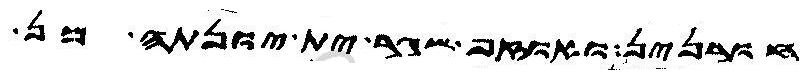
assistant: חורנין ואוזף שגר ית יונתה מן